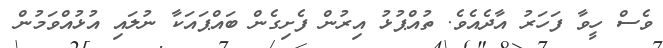
ވެސް ހީވާ ފަހަރު އާދެއެވެ. ތުއްޕުޅު އިރުން ފެށިގެން ބައްޕައަކާ ނުލައި އުޅުއްވަމުން